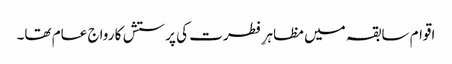
اقوام سابقہ میں مظاہرِ فطرت کی پرستش کا رواج عام تھا۔